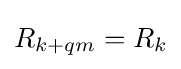
\textstyle R_{k+qm}=R_{k}